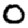
Digit: 0